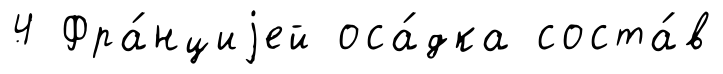
4 Фра́нциjей оса́дка соста́в